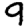
Digit: 9